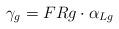
LaTeX: \begin{align*} \gamma_g=F{R}g\cdot\alpha_{{L}g}\end{align*}